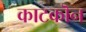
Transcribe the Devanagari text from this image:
काटकॊन